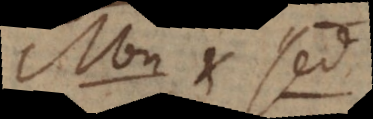
Non et sed.